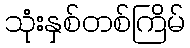
သုံးနှစ်တစ်ကြိမ်